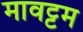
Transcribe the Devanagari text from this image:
मावट्टम